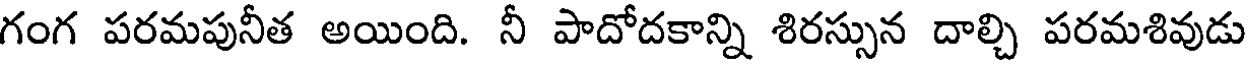
గంగ పరమపునీత అయింది. నీ పాదోదకాన్ని శిరస్సున దాల్చి పరమశివుడు